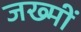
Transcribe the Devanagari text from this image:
जख्मीं